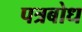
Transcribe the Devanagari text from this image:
पत्रबोध